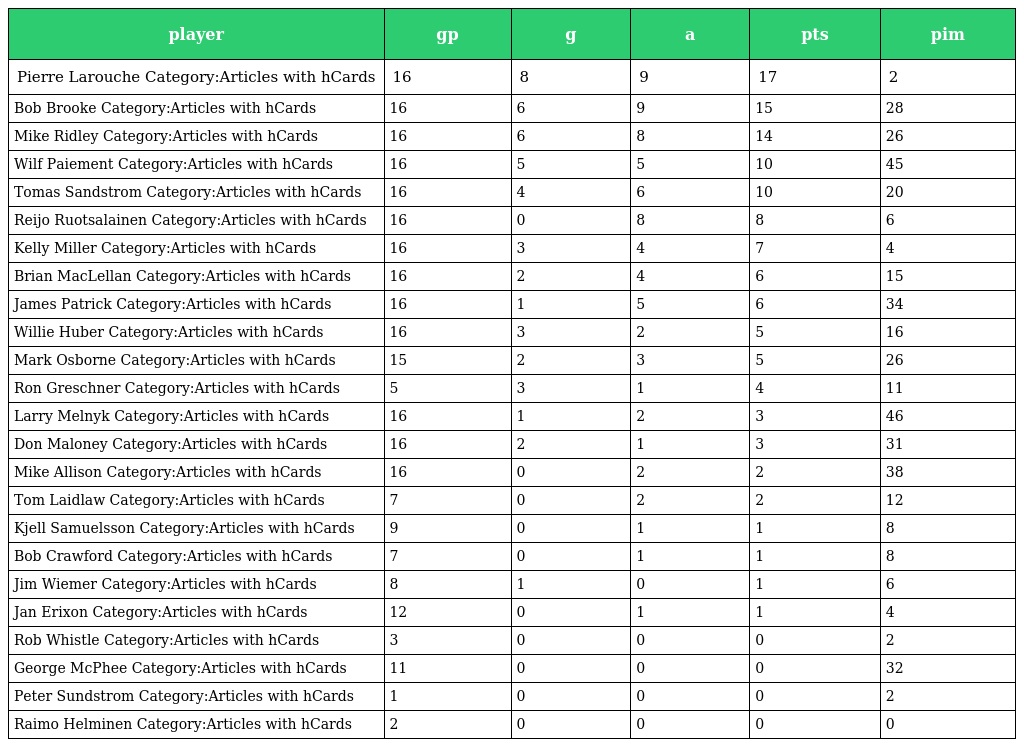
| player | gp | g | a | pts | pim |
 | --- | --- | --- | --- | --- | --- |
 | Pierre Larouche Category:Articles with hCards | 16 | 8 | 9 | 17 | 2 |
 | Bob Brooke Category:Articles with hCards | 16 | 6 | 9 | 15 | 28 |
 | Mike Ridley Category:Articles with hCards | 16 | 6 | 8 | 14 | 26 |
 | Wilf Paiement Category:Articles with hCards | 16 | 5 | 5 | 10 | 45 |
 | Tomas Sandstrom Category:Articles with hCards | 16 | 4 | 6 | 10 | 20 |
 | Reijo Ruotsalainen Category:Articles with hCards | 16 | 0 | 8 | 8 | 6 |
 | Kelly Miller Category:Articles with hCards | 16 | 3 | 4 | 7 | 4 |
 | Brian MacLellan Category:Articles with hCards | 16 | 2 | 4 | 6 | 15 |
 | James Patrick Category:Articles with hCards | 16 | 1 | 5 | 6 | 34 |
 | Willie Huber Category:Articles with hCards | 16 | 3 | 2 | 5 | 16 |
 | Mark Osborne Category:Articles with hCards | 15 | 2 | 3 | 5 | 26 |
 | Ron Greschner Category:Articles with hCards | 5 | 3 | 1 | 4 | 11 |
 | Larry Melnyk Category:Articles with hCards | 16 | 1 | 2 | 3 | 46 |
 | Don Maloney Category:Articles with hCards | 16 | 2 | 1 | 3 | 31 |
 | Mike Allison Category:Articles with hCards | 16 | 0 | 2 | 2 | 38 |
 | Tom Laidlaw Category:Articles with hCards | 7 | 0 | 2 | 2 | 12 |
 | Kjell Samuelsson Category:Articles with hCards | 9 | 0 | 1 | 1 | 8 |
 | Bob Crawford Category:Articles with hCards | 7 | 0 | 1 | 1 | 8 |
 | Jim Wiemer Category:Articles with hCards | 8 | 1 | 0 | 1 | 6 |
 | Jan Erixon Category:Articles with hCards | 12 | 0 | 1 | 1 | 4 |
 | Rob Whistle Category:Articles with hCards | 3 | 0 | 0 | 0 | 2 |
 | George McPhee Category:Articles with hCards | 11 | 0 | 0 | 0 | 32 |
 | Peter Sundstrom Category:Articles with hCards | 1 | 0 | 0 | 0 | 2 |
 | Raimo Helminen Category:Articles with hCards | 2 | 0 | 0 | 0 | 0 |